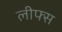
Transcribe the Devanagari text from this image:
लीफ्स